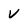
Character: v